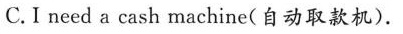
C.I need a cash machine(自动取款机).